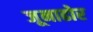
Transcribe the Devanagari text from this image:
जूनाढोर